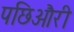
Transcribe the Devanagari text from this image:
पछिऔरी